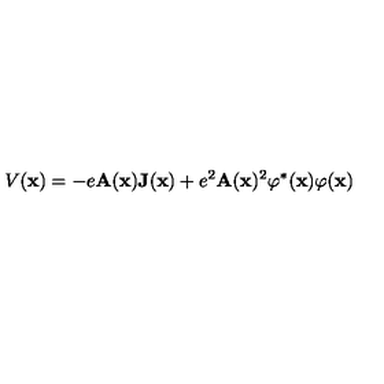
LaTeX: V ( { \bf x } ) = - e { \bf A } ( { \bf x } ) { \bf J } ( { \bf x } ) + e ^ { 2 } { \bf A } ( { \bf x } ) ^ { 2 } \varphi ^ { * } ( { \bf x } ) \varphi ( { \bf x } )